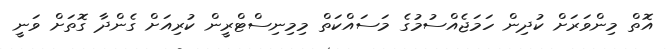
އޮތް މިންވަރަށް ކުދިން ހަމަޖެއްސުމުގެ މަސައްކަތް މިމިނިސްޓްރީން ކުރިއަށް ގެންދާ ގޮތަށް ވަނީ